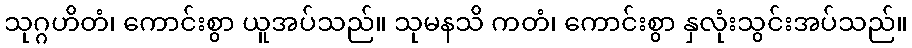
သုဂ္ဂဟိတံ၊ ကောင်းစွာ ယူအပ်သည်။ သုမနသိ ကတံ၊ ကောင်းစွာ နှလုံးသွင်းအပ်သည်။